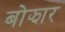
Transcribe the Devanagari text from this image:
बोझार